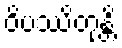
ဝိပဿိတုန္တိ